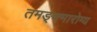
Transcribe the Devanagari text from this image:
तमङ्क्मारोग्य